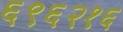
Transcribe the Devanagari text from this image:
६९६२१६